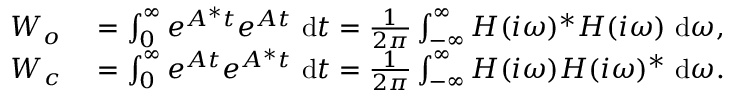
\begin{array} { r l } { \b { W _ { o } } } & { { } = \int _ { 0 } ^ { \infty } e ^ { \b { A } ^ { * } t } e ^ { \b { A } t } ~ \mathrm { d } t = \frac { 1 } { 2 \pi } \int _ { - \infty } ^ { \infty } \b { H } ( i \omega ) ^ { * } \b { H } ( i \omega ) ~ \mathrm { d } \omega , } \\ { \b { W _ { c } } } & { { } = \int _ { 0 } ^ { \infty } e ^ { \b { A } t } e ^ { \b { A } ^ { * } t } ~ \mathrm { d } t = \frac { 1 } { 2 \pi } \int _ { - \infty } ^ { \infty } \b { H } ( i \omega ) \b { H } ( i \omega ) ^ { * } ~ \mathrm { d } \omega . } \end{array}